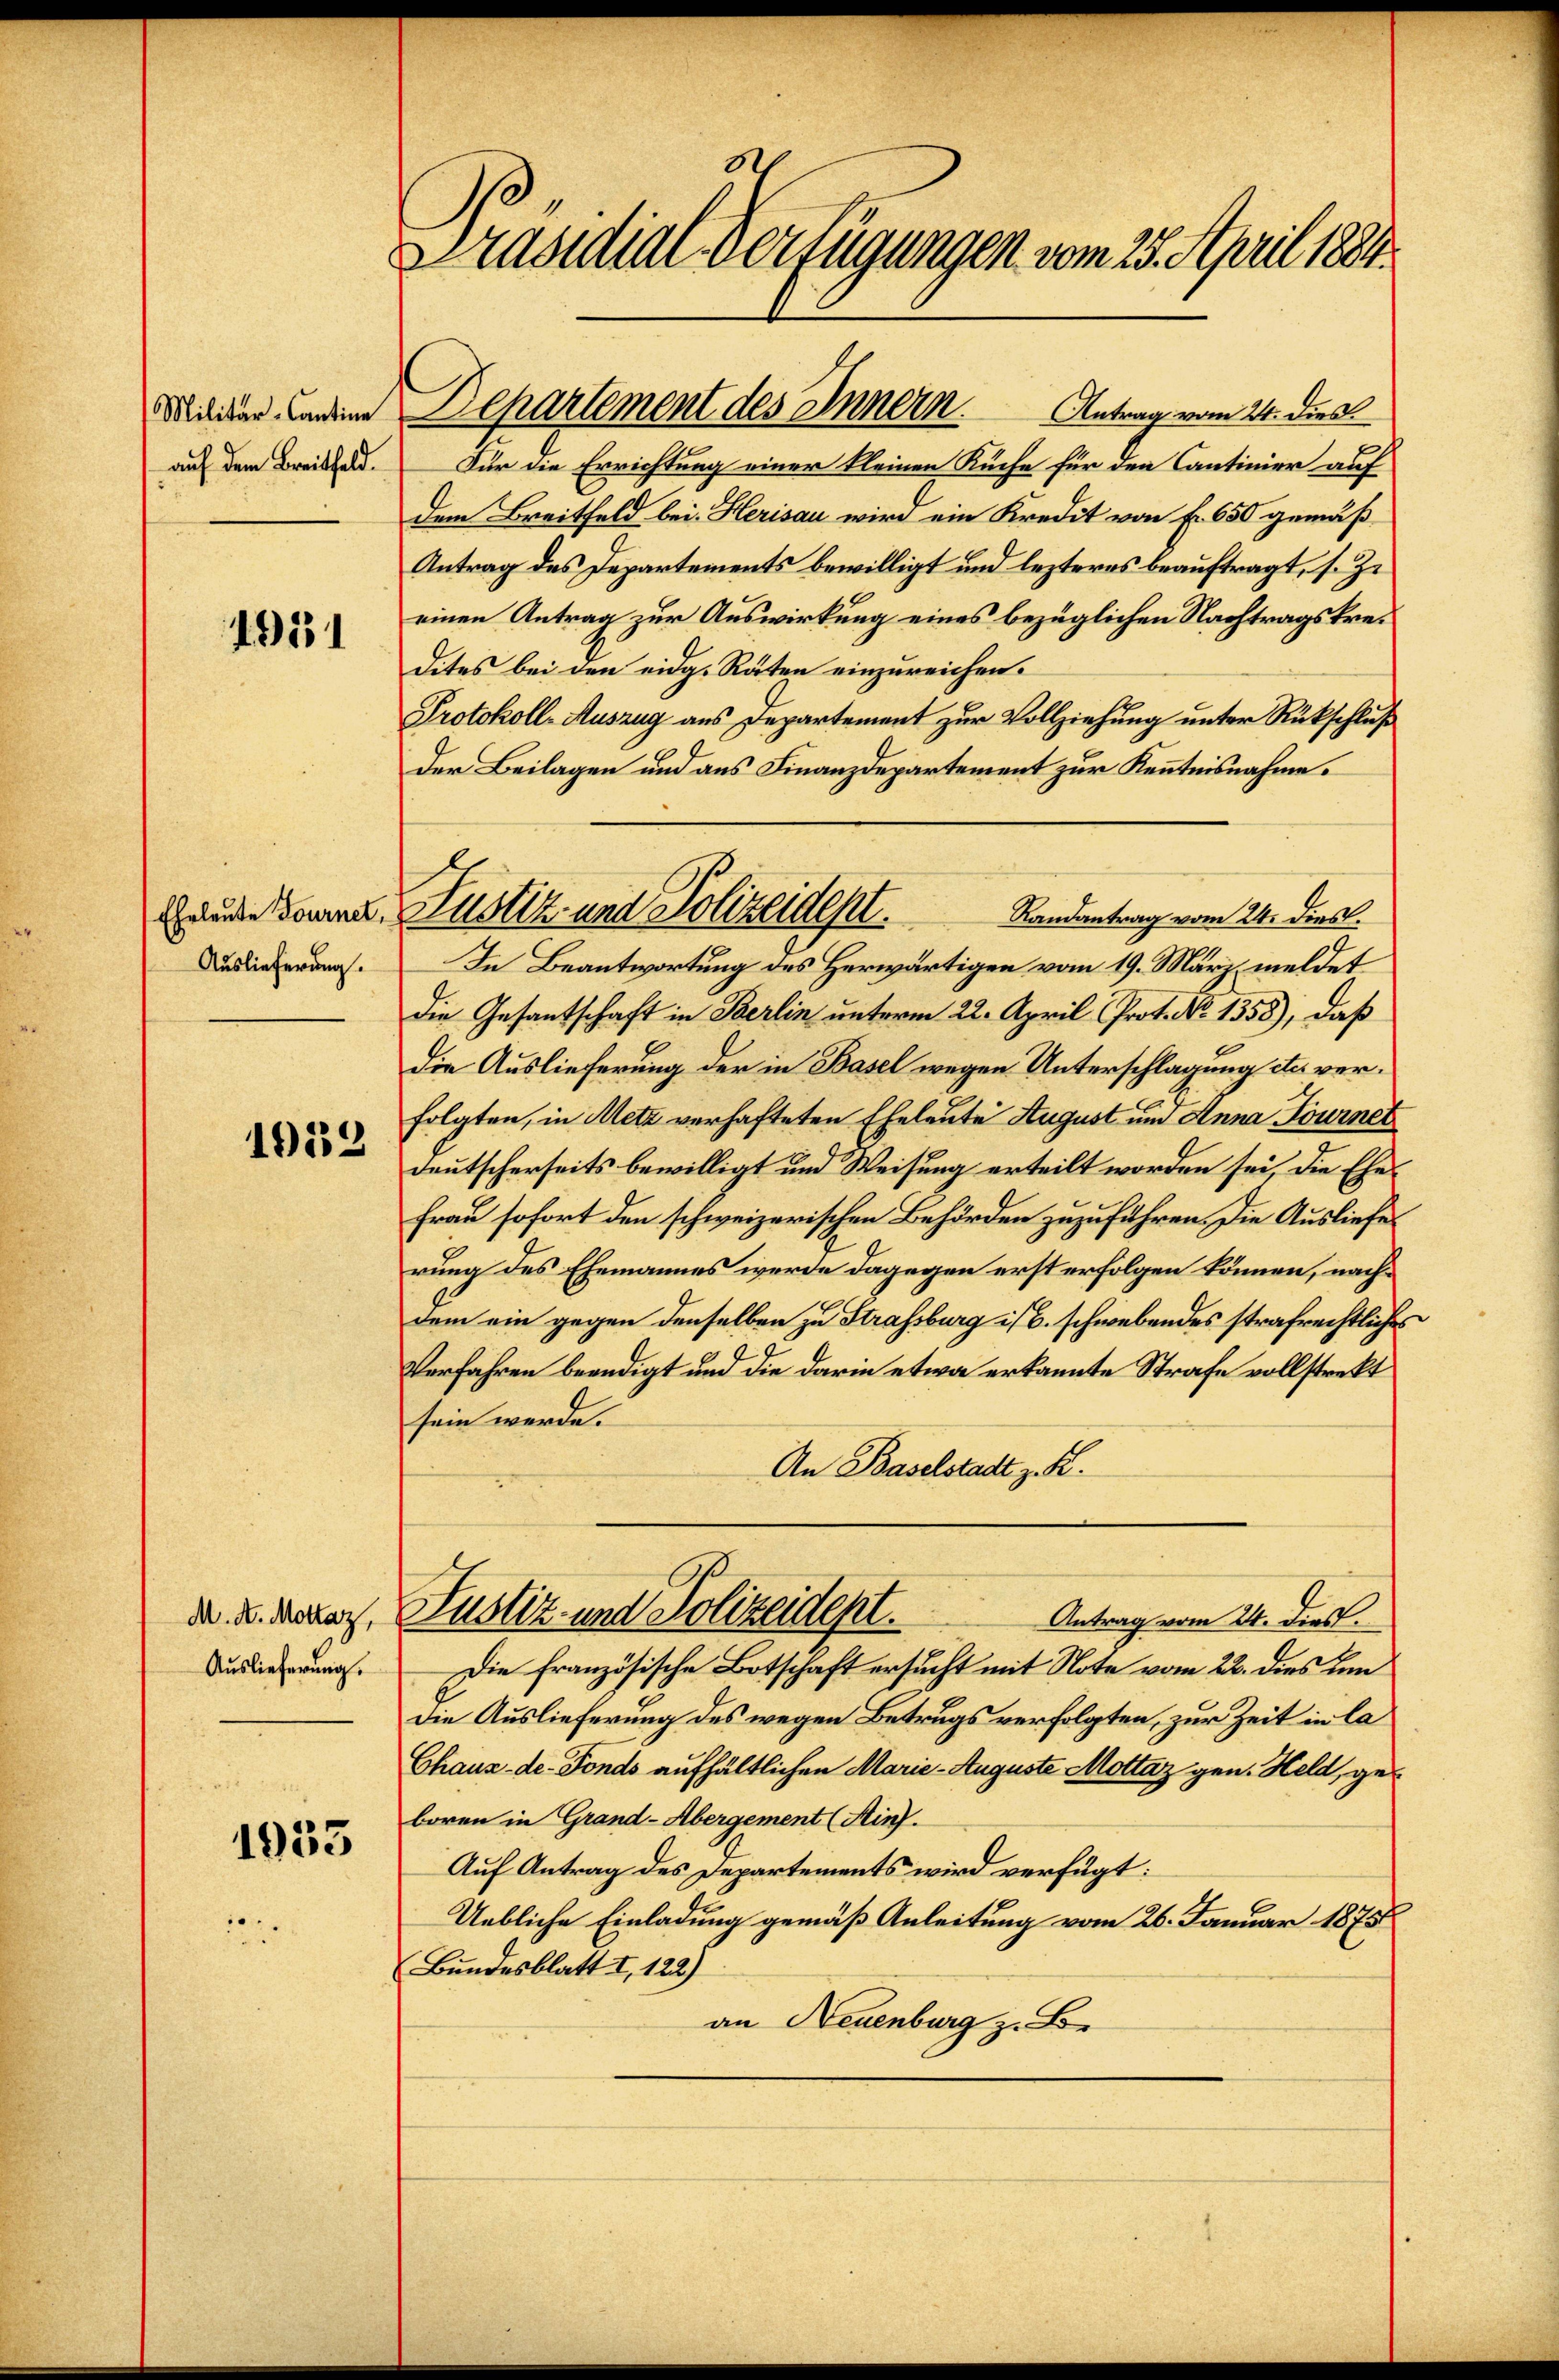
Militär-Cantine
auf dem Breitfeld.

1931

Auslieferung.

1032

Auslieferung.

1953

Präsidial-Verfügungen vom 25. April 1884.

Antrag vom 24. dies
Für die Errichtung einer kleinen Küche für den Cantinier auf
dem Breitfeld bei. Herisau wird ein Kredit von Fr. 650 gemäß
Antrag des Departements bewilligt und lezteres beauftragt, s. Zi
einen Antrag zur Auswirkung eines bezüglichen Nachtragskredites bei den eidg. Räten einzureichen.
Protokoll-Auszug aus Departement zur Vollziehung unter Rückschluß
Der Beilagen und aus Finanzdepartement zur Kenntnisnahme.
In Beantwortung des Herwärtigen vom 19. März, meldet
Die Gesantschaft in Berlin unterm 22. April Prot. No 1558), daß
Die Auslieferung der in Basel wegen Unterschlagung etc. verfolgten, in Metz verhafteten Eheleute August und Anna Tourner
deutscherseits bewilligt und Weisung erteilt worden sei, die Ehe¬
Frau sofort den schweizerischen Behörden zuzuführen. Die Ausliefe
rung des Ehemannes werde dagegen erst erfolgen können, nachdem ein gegen denselben zu Strassburg ist schwebendes strafrechtlich
Verfahren beendigt und die darin etwa erkannte Strafe vollstrekt
sein werde.
An Baselstadt z. B.
d. u. donar, Justiz- und Polizeident.
Antrag vom 24. dies.
Die französische Botschaft ersucht mit Note vom 22. dies um
Die Auslieferung des wegen Betrugs verfolgten, zur Zeit in la
Chaux-de-Fonds aufhältlichen Marie-Auguste Mottaz gen. Held, geboren in Grand-Abergement (Hinf.
Auf Antrag des Departements wird verfügt:
Uebliche Einladung gemäß Anleitung vom 26. Januar 1875
Bundesblatt I, 122)
an Neuenburg z. Be

Departement des Innern.

eude dann, Justiz- und Polizeidept.
Randantrag vom 24. Dies.